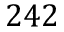
2 4 2